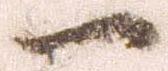
一